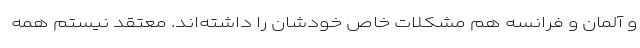
و آلمان و فرانسه هم مشکلات خاص خودشان را داشته‌اند. معتقد نیستم همه